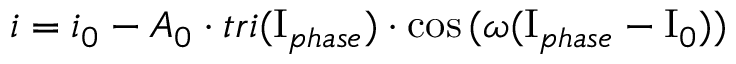
i = i _ { 0 } - A _ { 0 } \cdot t r i ( \mathrm { I } _ { p h a s e } ) \cdot \cos { ( \omega ( \mathrm { I } _ { p h a s e } - \mathrm { I } _ { 0 } ) ) }